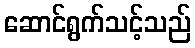
ဆောင်ရွက်သင့်သည်